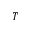
T